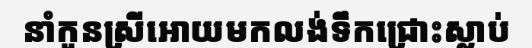
នាំកូនស្រីអោយមកលង់ទឹកជ្រោះស្លាប់